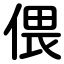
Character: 偎